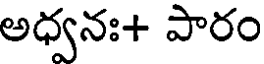
అధ్వనః+ పారం